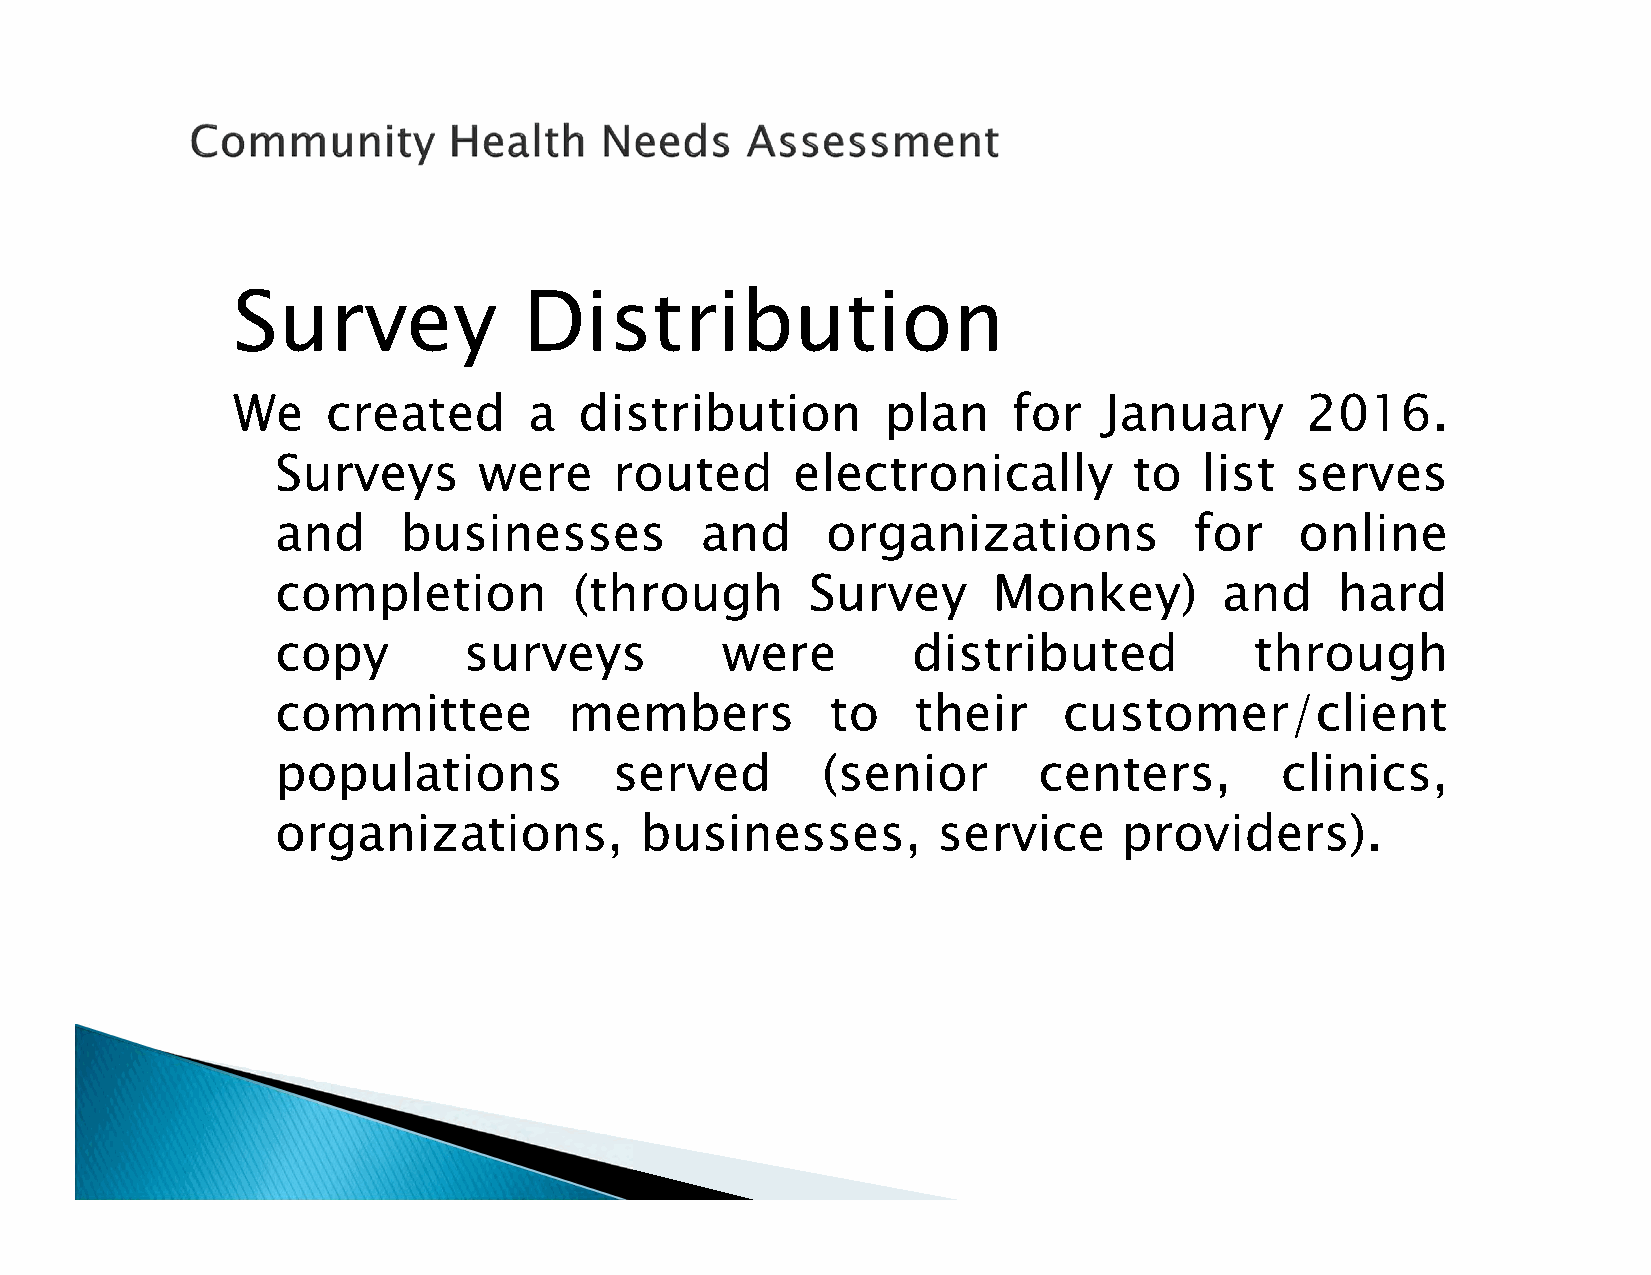
Survey              Distribution
 We     created      a  distribution         plan    for   January      2016.
 Surveys       were     routed     electronically         to   list  serves
 and     businesses          and      organizations           for    online
 completion          (through        Survey      Monkey)        and    hard
 copy         surveys          were        distributed            through
 committee           members          to    their    customer/client
 populations            served       (senior        centers,        clinics,
 organizations,          businesses,         service     providers).